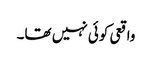
واقعی کوئی نہیں تھا۔